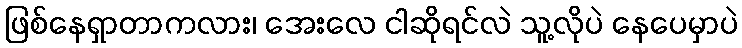
ဖြစ်နေရှာတာကလား၊ အေးလေ ငါဆိုရင်လဲ သူ့လိုပဲ နေပေမှာပဲ